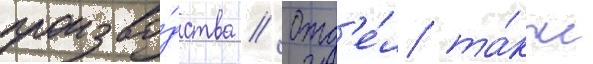
произво́дства // Отд'е́л та́кже